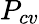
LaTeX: P_{cv}